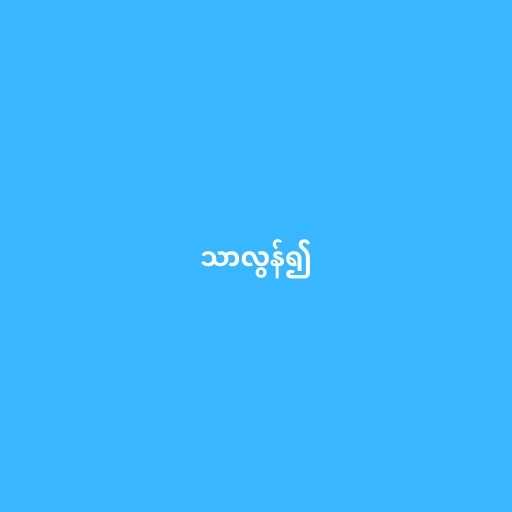
သာလွန်၍